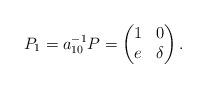
LaTeX: \begin{align*}P_1 = a_{10}^{-1} P = \begin{pmatrix}1 & 0 \\e & \delta\end{pmatrix}.\end{align*}